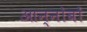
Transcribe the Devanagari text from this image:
आन्नोबों